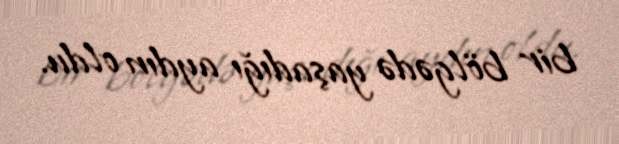
bir bölgədə yaşadığı aydın oldu.